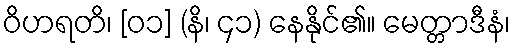
ဝိဟရတိ၊ [၀၁] (နိ၊ ၄၁) နေနိုင်၏။ မေတ္တာဒီနံ၊